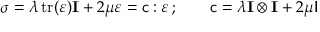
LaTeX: { \boldsymbol { \sigma } } = \lambda \operatorname { t r } ( { \boldsymbol { \varepsilon } } ) \mathbf { I } + 2 \mu { \boldsymbol { \varepsilon } } = { \mathsf { c } } : { \boldsymbol { \varepsilon } } \, ; \qquad { \mathsf { c } } = \lambda \mathbf { I } \otimes \mathbf { I } + 2 \mu { \mathsf { I } }